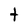
Character: t